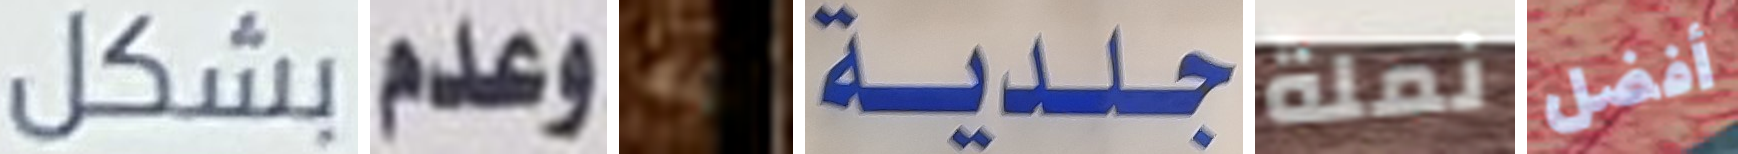
بشكل وعدم إنها جلدية نملة أفضل